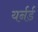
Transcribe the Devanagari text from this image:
यर्नर्ड